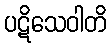
ပဋိသေဝါတိ